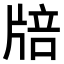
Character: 𤗏